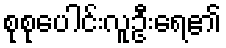
စုစုပေါင်းလူဦးရေ၏